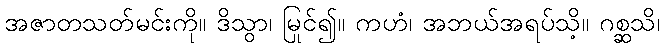
အဇာတသတ်မင်းကို။ ဒိသွာ၊ မြင်၍။ ကဟံ၊ အဘယ်အရပ်သို့။ ဂစ္ဆသိ၊